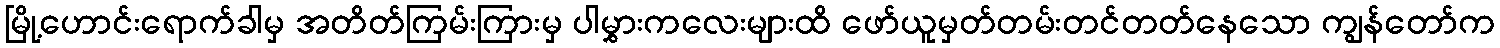
မြို့ဟောင်းရောက်ခါမှ အတိတ်ကြမ်းကြားမှ ပါမွှားကလေးများထိ ဖော်ယူမှတ်တမ်းတင်တတ်နေသော ကျွန်တော်က